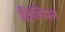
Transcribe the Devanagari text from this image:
दिक्सित